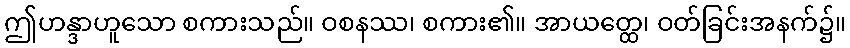
ဤဟန္ဒာဟူသော စကားသည်။ ဝစနဿ၊ စကား၏။ အာယတ္ထေ၊ ဝတ်ခြင်းအနက်၌။